Civil Veterinary Dept. Bombay admin report 1900-1906 - 1900-1906
Year: 1900
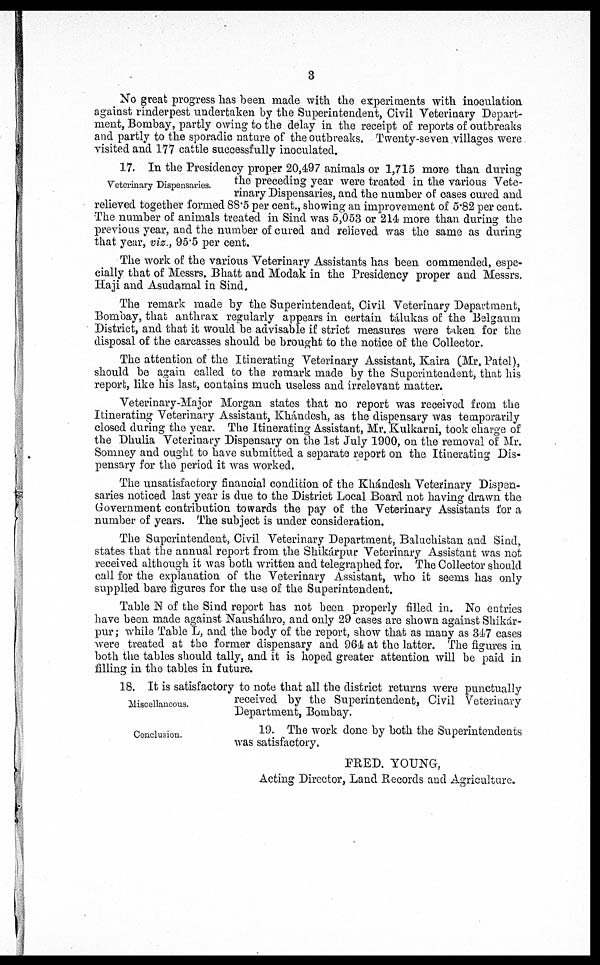
3
No great progress has been made with the experiments with inoculation
against rinderpest undertaken by the Superintendent, Civil Veterinary Depart-
ment, Bombay, partly owing to the delay in the receipt of reports of outbreaks
and partly to the sporadic nature of the outbreaks. Twenty-seven villages were
visited and 177 cattle successfully inoculated.
Veterinary Dispensaries.
17. In the Presidency proper 20,497 animals or 1,715 more than during
the preceding year were treated in the various Vete-
rinary Dispensaries, and the number of cases cured and
relieved together formed 88.5 per cent., showing an improvement of 5.82 per cent.
The number of animals treated in Sind was 5,053 or 214 more than during the
previous year, and the number of cured and relieved was the same as during
that year, viz., 95.5 per cent.
The work of the various Veterinary Assistants has been commended, espe-
cially that of Messrs. Bhatt and Modak in the Presidency proper and Messrs.
Haji and Asudamal in Sind.
The remark made by the Superintendent, Civil Veterinary Department,
Bombay, that anthrax regularly appears in certain tálukas of the Belgaum
District, and that it would be advisable if strict measures were taken for the
disposal of the carcasses should be brought to the notice of the Collector.
The attention of the Itinerating Veterinary Assistant, Kaira (Mr. Patel),
should be again called to the remark made by the Superintendent, that his
report, like his last, contains much useless and irrelevant matter.
Veterinary-Major Morgan states that no report was received from the
Itinerating Veterinary Assistant, Khándesh, as the dispensary was temporarily
closed during the year. The Itinerating Assistant, Mr. Kulkarni, took charge of
the Dhulia Veterinary Dispensary on the 1st July 1900, on the removal of Mr.
Somney and ought to have submitted a separate report on the Itinerating Dis-
pensary for the period it was worked.
The unsatisfactory financial condition of the Khándesh Veterinary Dispen-
saries noticed last year is due to the District Local Board not having drawn the
Government contribution towards the pay of the Veterinary Assistants for a
number of years. The subject is under consideration.
The Superintendent, Civil Veterinary Department, Baluchistan and Sind,
states that the annual report from the Shikárpur Veterinary Assistant was not
received although it was both written and telegraphed for. The Collector should
call for the explanation of the Veterinary Assistant, who it seems has only
supplied bare figures for the use of the Superintendent.
Table N of the Sind report has not been properly filled in. No entries
have been made against Nausháhro, and only 29 cases are shown against Shikár-
pur; while Table L, and the body of the report, show that as many as 347 cases
were treated at the former dispensary and 964 at the latter. The figures in
both the tables should tally, and it is hoped greater attention will be paid in
filling in the tables in future.
Miscellaneous.
18. It is satisfactory to note that all the district returns were punctually
received by the Superintendent, Civil Veterinary
Department, Bombay.
Conclusion.
19. The work done by both the Superintendents
was satisfactory.
FRED. YOUNG,
Acting Director, Land Records and Agriculture.